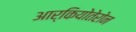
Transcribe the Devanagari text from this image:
आर्कियोतेरोन